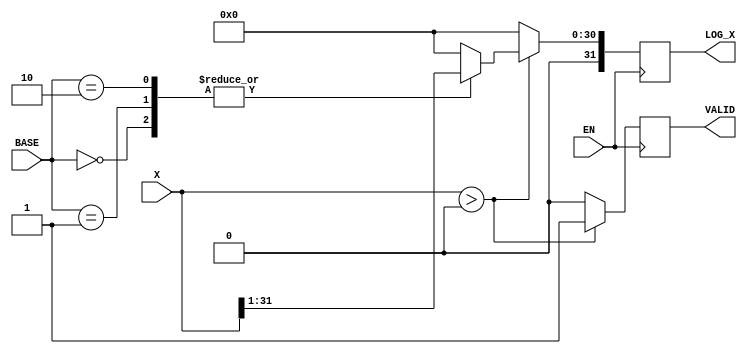
module LogarithmFunctionGenerator (
    input wire [31:0] X,           // Input value (positive real number)
    input wire [1:0] BASE,         // Base selection (00: base 2, 01: base 10, 10: natural log)
    input wire EN,                 // Enable signal
    output reg [31:0] LOG_X,       // Logarithm result
    output reg VALID               // Output valid signal
);

    // Internal signals
    reg [31:0] log2X, log10X, logeX; // Logarithm values for different bases
    reg [31:0] logBase;               // Logarithm base value
    reg [31:0] tempX;                 // Temporary variable for calculations

    // Simple approximation of logarithm using a lookup table or simple method
    function [31:0] log_approx(input [31:0] value);
        // This is a placeholder for a more sophisticated logarithm approximation
        // In reality, you would implement CORDIC or a Taylor series here.
        // For now, just return a dummy value for demonstration.
        begin
            log_approx = value >> 1; // Example: Just return half of the input as a dummy log value
        end
    endfunction

    always @(posedge EN) begin
        if (X > 0) begin
            // Compute logarithm based on selected base
            log2X = log_approx(X);       // Approximate log base 2
            log10X = log_approx(X);      // Approximate log base 10
            logeX = log_approx(X);       // Approximate natural log

            case (BASE)
                2'b00: begin
                    LOG_X <= log2X;      // Log base 2
                end
                2'b01: begin
                    LOG_X <= log10X;     // Log base 10
                end
                2'b10: begin
                    LOG_X <= logeX;      // Natural log
                end
                default: begin
                    LOG_X <= 32'b0;      // Default case
                end
            endcase
            VALID <= 1'b1;                  // Output is valid
        end else begin
            LOG_X <= 32'b0;                  // Invalid input
            VALID <= 1'b0;                   // Output is not valid
        end
    end

endmodule